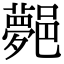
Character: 𨞯